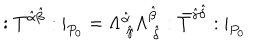
: T ^ { \hat { \alpha } \hat { \beta } } : | _ { P _ { 0 } } = \Lambda _ { \ \hat { \gamma } } ^ { \hat { \alpha } } \Lambda _ { \ \hat { \delta } } ^ { \hat { \beta } } : \bar { T } ^ { \hat { \gamma } \hat { \delta } } : | _ { P _ { 0 } }